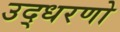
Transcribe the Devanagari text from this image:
उद्धरणो